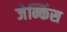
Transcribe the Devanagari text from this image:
जेन्किंस